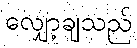
လျှော့ချသည်